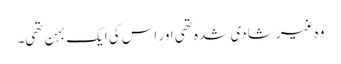
وہ غیر شادی شدہ تھی اور اس کی ایک بہن تھی۔